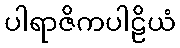
ပါရာဇိကပါဠိယံ